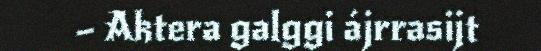
– Aktera galggi ájrrasijt